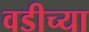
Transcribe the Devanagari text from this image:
वडीच्या